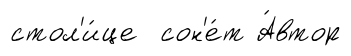
стол'и́це сон'е́т А́втор